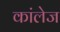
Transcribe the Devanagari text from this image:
कांलेज